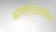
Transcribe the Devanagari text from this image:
आयर्लंडातील